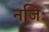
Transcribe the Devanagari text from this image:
नजिः